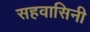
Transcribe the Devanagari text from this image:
सहवासिनी